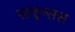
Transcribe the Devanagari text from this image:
साइन्सस